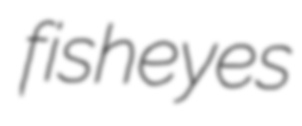
fisheyes